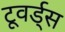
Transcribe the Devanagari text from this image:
टूवर्ड्स